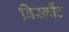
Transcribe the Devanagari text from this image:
विस्कौंट